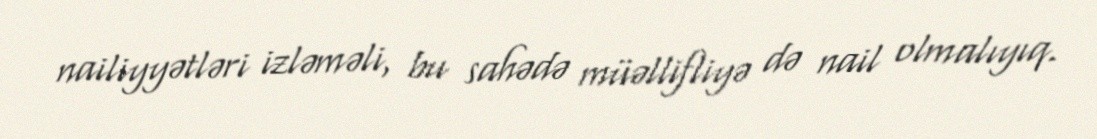
nailiyyətləri izləməli, bu sahədə müəllifliyə də nail olmalıyıq.